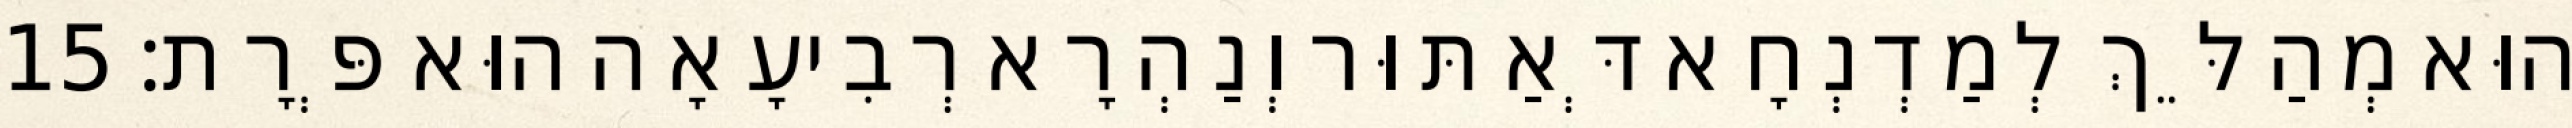
הוּא מְהַלֵּךְ לְמַדְנְחָא דְּאַתּוּר וְנַהְרָא רְבִיעָאָה הוּא פְּרָת׃ 15